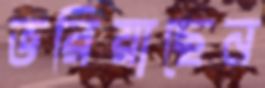
ভরিয়াছেন